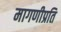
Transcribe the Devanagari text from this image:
मागणीप्रति